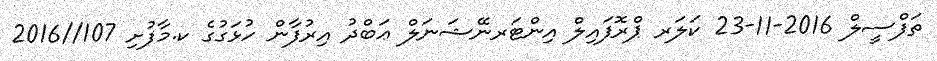
ތަފްސީލް 2016-11-23 ކަލަރ ޕްރޮފައިލް އިންޓަރނޭޝަނަލް ޢަބްދު އިރުފާން ހުޅަގުގެ ކ.މާފުށި 107//2016